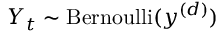
Y _ { t } \sim \mathrm { B e r n o u l l i } ( y ^ { ( d ) } )